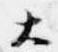
大